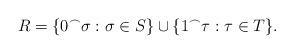
LaTeX: \begin{align*}R=\{0^\frown\sigma:\sigma\in S\}\cup\{1^\frown\tau:\tau\in T\}.\end{align*}